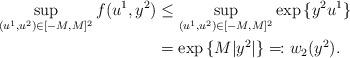
LaTeX: \begin{align*}\sup_{(u^1,u^2) \in [-M,M]^2} f(u^1,y^2) &\leq \sup_{(u^1,u^2) \in [-M,M]^2} \exp{\{y^2 u^1\}} \\&= \exp{\{M |y^2|\}} \eqqcolon w_2(y^2). \end{align*}